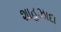
શાહઝાદા